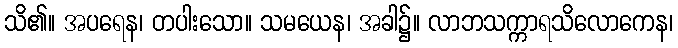
သိ၏။ အပရေန၊ တပါးသော။ သမယေန၊ အခါ၌။ လာဘသက္ကာရသိလောကေန၊